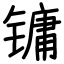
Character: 镛